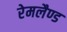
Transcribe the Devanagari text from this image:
रेमलैण्ड